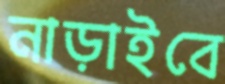
নাড়াইবে